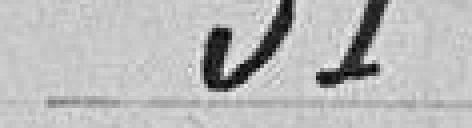
51